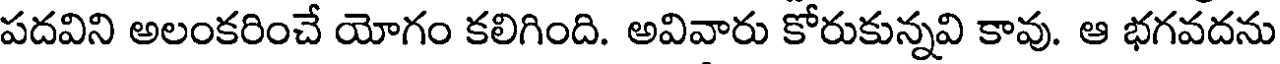
పదవిని అలంకరించే యోగం కలిగింది. అవివారు కోరుకున్నవి కావు. ఆ భగవదను